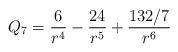
LaTeX: \begin{align*}Q_7=\frac{6}{ r^4}-\frac{24}{ r^5}+\frac{132/7}{ r^6}\end{align*}